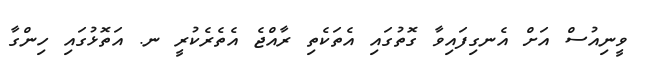
ވީނިއުސް އަށް އެނގިފައިވާ ގޮތުގައި އެތަކެތި ރާއްޖެ އެތެރެކުރީ ނ. އަތޮޅުގައި ހިންގާ